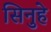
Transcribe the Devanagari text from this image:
सिनुहे